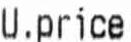
U.PRICE